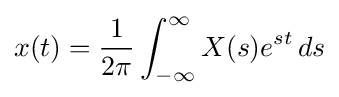
x(t)={\frac {1}{2\pi }}\int _{-\infty }^{\infty }X(s)e^{st}\,ds